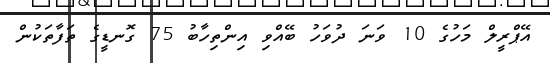
އޭޕްރީލް މަހުގެ 10 ވަނަ ދުވަހު ބޭއްވި އިންތިހާބު 75 ގޮނޑީގެ ތަފާތަކުން